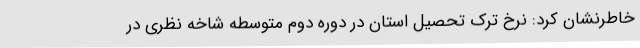
خاطرنشان کرد: نرخ ترک تحصیل استان در دوره دوم متوسطه شاخه نظری در